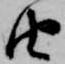
由